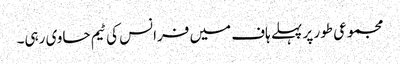
مجموعی طور پر پہلے ہاف میں فرانس کی ٹیم حاوی رہی۔